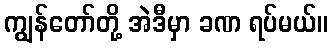
ကျွန်တော်တို့ အဲဒီမှာ ခဏ ရပ်မယ်။